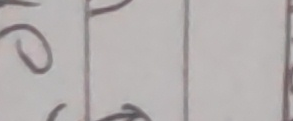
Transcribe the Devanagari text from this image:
९